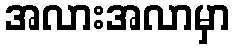
အလားအလာမှာ